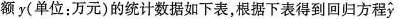
额y(单位：万元)的统计数据如下表，根据下表得到回归方程\widehat{y}